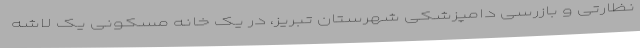
نظارتی و بازرسی دامپزشکی شهرستان تبریز، در یک خانه مسکونی یک لاشه